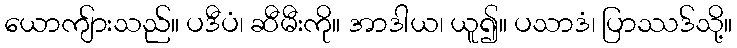
ယောကျ်ားသည်။ ပဒီပံ၊ ဆီမီးကို။ အာဒါယ၊ ယူ၍။ ပသာဒံ၊ ပြာဿဒ်သို့။